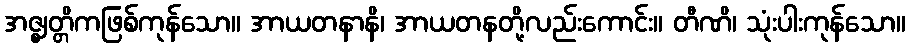
အဇ္ဈတ္တိကဖြစ်ကုန်သော။ အာယတနာနိ၊ အာယတနတို့လည်းကောင်း။ တီဏိ၊ သုံးပါးကုန်သော။